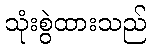
သုံးစွဲထားသည်